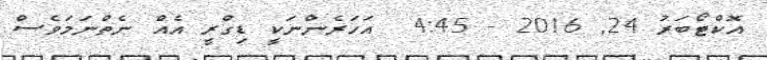
އޮކްޓޯބަރު 24